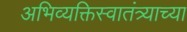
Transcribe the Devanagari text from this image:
अभिव्यक्तिस्वातंत्र्याच्या